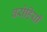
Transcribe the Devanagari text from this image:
बरोहियाँ